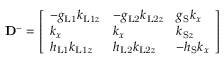
\mathbf { D } ^ { - } = \left[ \begin{array} { l l l } { - g _ { \mathrm { L 1 } } k _ { \mathrm { L 1 } z } } & { - g _ { \mathrm { L 2 } } k _ { \mathrm { L 2 } z } } & { g _ { \mathrm { S } } k _ { x } } \\ { k _ { x } } & { k _ { x } } & { k _ { \mathrm { S } z } } \\ { h _ { \mathrm { L 1 } } k _ { \mathrm { L 1 } z } } & { h _ { \mathrm { L 2 } } k _ { \mathrm { L 2 } z } } & { - h _ { \mathrm { S } } k _ { x } } \end{array} \right]